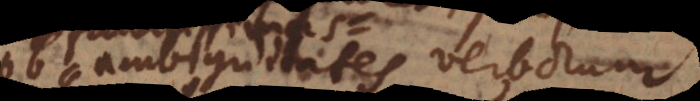
ambiguitates verborum